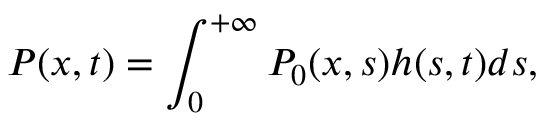
P ( x , t ) = \int _ { 0 } ^ { + \infty } P _ { 0 } ( x , s ) h ( s , t ) d s ,